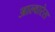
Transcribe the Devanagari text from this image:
आल्वारेस